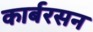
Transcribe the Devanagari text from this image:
कार्बरसन